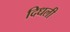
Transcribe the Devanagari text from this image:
दिधली